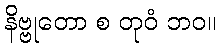
နိဗ္ဗုတော စ တုဝံ ဘဝ။